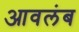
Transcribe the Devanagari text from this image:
आवलंब